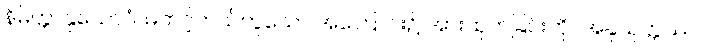
နိမိတ္တာနုယောဂံ၊ မတင့်တယ်ဟူသော အကြောင်း၌ အားထုတ်ခြင်းကို။ အနုယုတ္တဿ၊